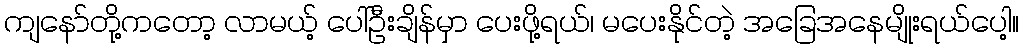
ကျနော်တို့ကတော့ လာမယ့် ပေါ်ဦးချိန်မှာ ပေးဖို့ရယ်၊ မပေးနိုင်တဲ့ အခြေအနေမျိုးရယ်ပေါ့။